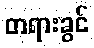
တရားခွင်